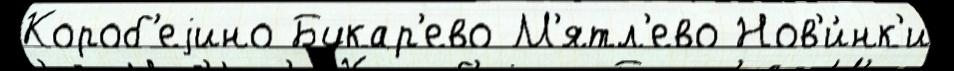
Короб'еjино Букар'ево М'ятл'ево Нов'и́нк'и